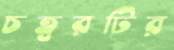
চত্বরটির